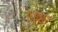
વદ